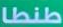
طنطا